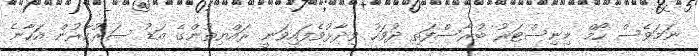
ނަމަވެސް ހޯމް މިނިސްޓަރު ބުރާސްފަތި ދުވަހު ވިދާޅުވެފައިވަނީ ރައްޔިތުންގެ އަޑު ސަރުކާރުން އަހާނެ